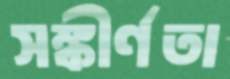
সঙ্কীর্ণতা